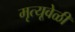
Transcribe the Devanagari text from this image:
मृत्यूवेळी